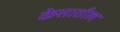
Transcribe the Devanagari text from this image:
केसातील